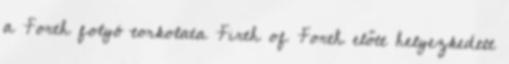
a Forth folyó torkolata Firth of Forth előtt helyezkedett